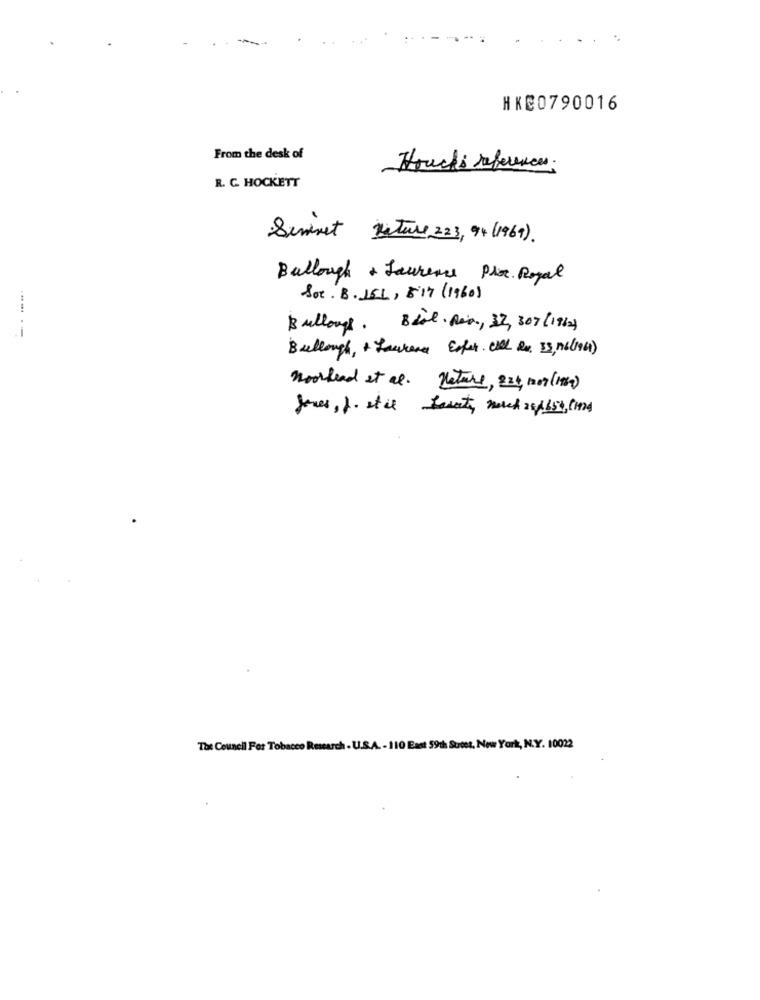
HKC0790016
From the desk of
Houchi references:
R. C. HOCKETT
Seminet Nature 223, 94 (1969).
Bullough + Laurence Plot Royal
Sot. B. 151, 517 (1960)
Bullongs. Blat. pes, 37, 307(1962)
Bullengh, + Laurence Esfer. Ciel Rx. 33,16(1961)
moorhead et al. Nature, 224, no7 (19)
Tot Council For Tobacco Research - U.S.A. - 110 East 59th Street, New York, N.Y. 10022